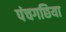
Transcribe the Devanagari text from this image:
पंचगछिया